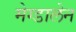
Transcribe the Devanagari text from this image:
मेग्डालेन